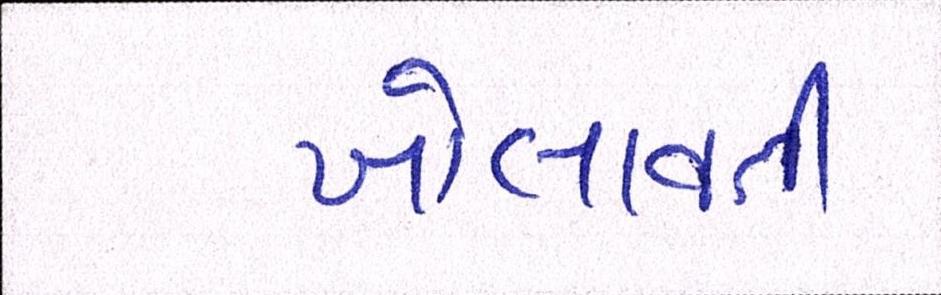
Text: ખોલાવતી